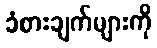
ခံစားချက်များကို